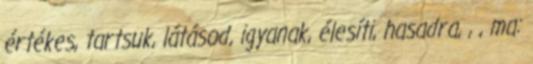
értékes, tartsuk, látásod, igyanak, élesíti, hasadra, , , ma: